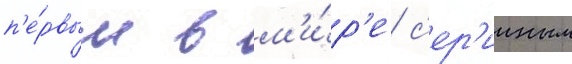
п'е́рвым в м'и́р'е с'ер'ииным